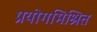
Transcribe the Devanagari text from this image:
प्रयोगमिश्रित